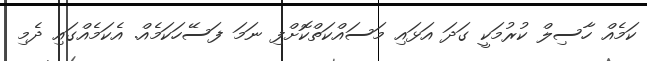
ކަމެއް ހާސިލް ކުރުމަކީ ގަދަ އަޅައި މަސައްކަތްކޮށްފި ނަމަ ފަސޭހަކަމެއް. އެކަމެއްގައި ދެމި